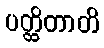
ပတ္ထိတာတိ